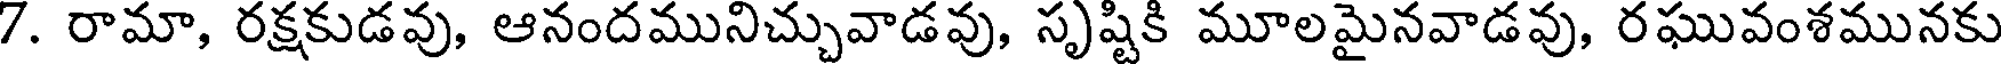
7. రామా, రక్షకుడవు, ఆనందమునిచ్చువాడవు, సృష్టికి మూలమైనవాడవు, రఘువంశమునకు